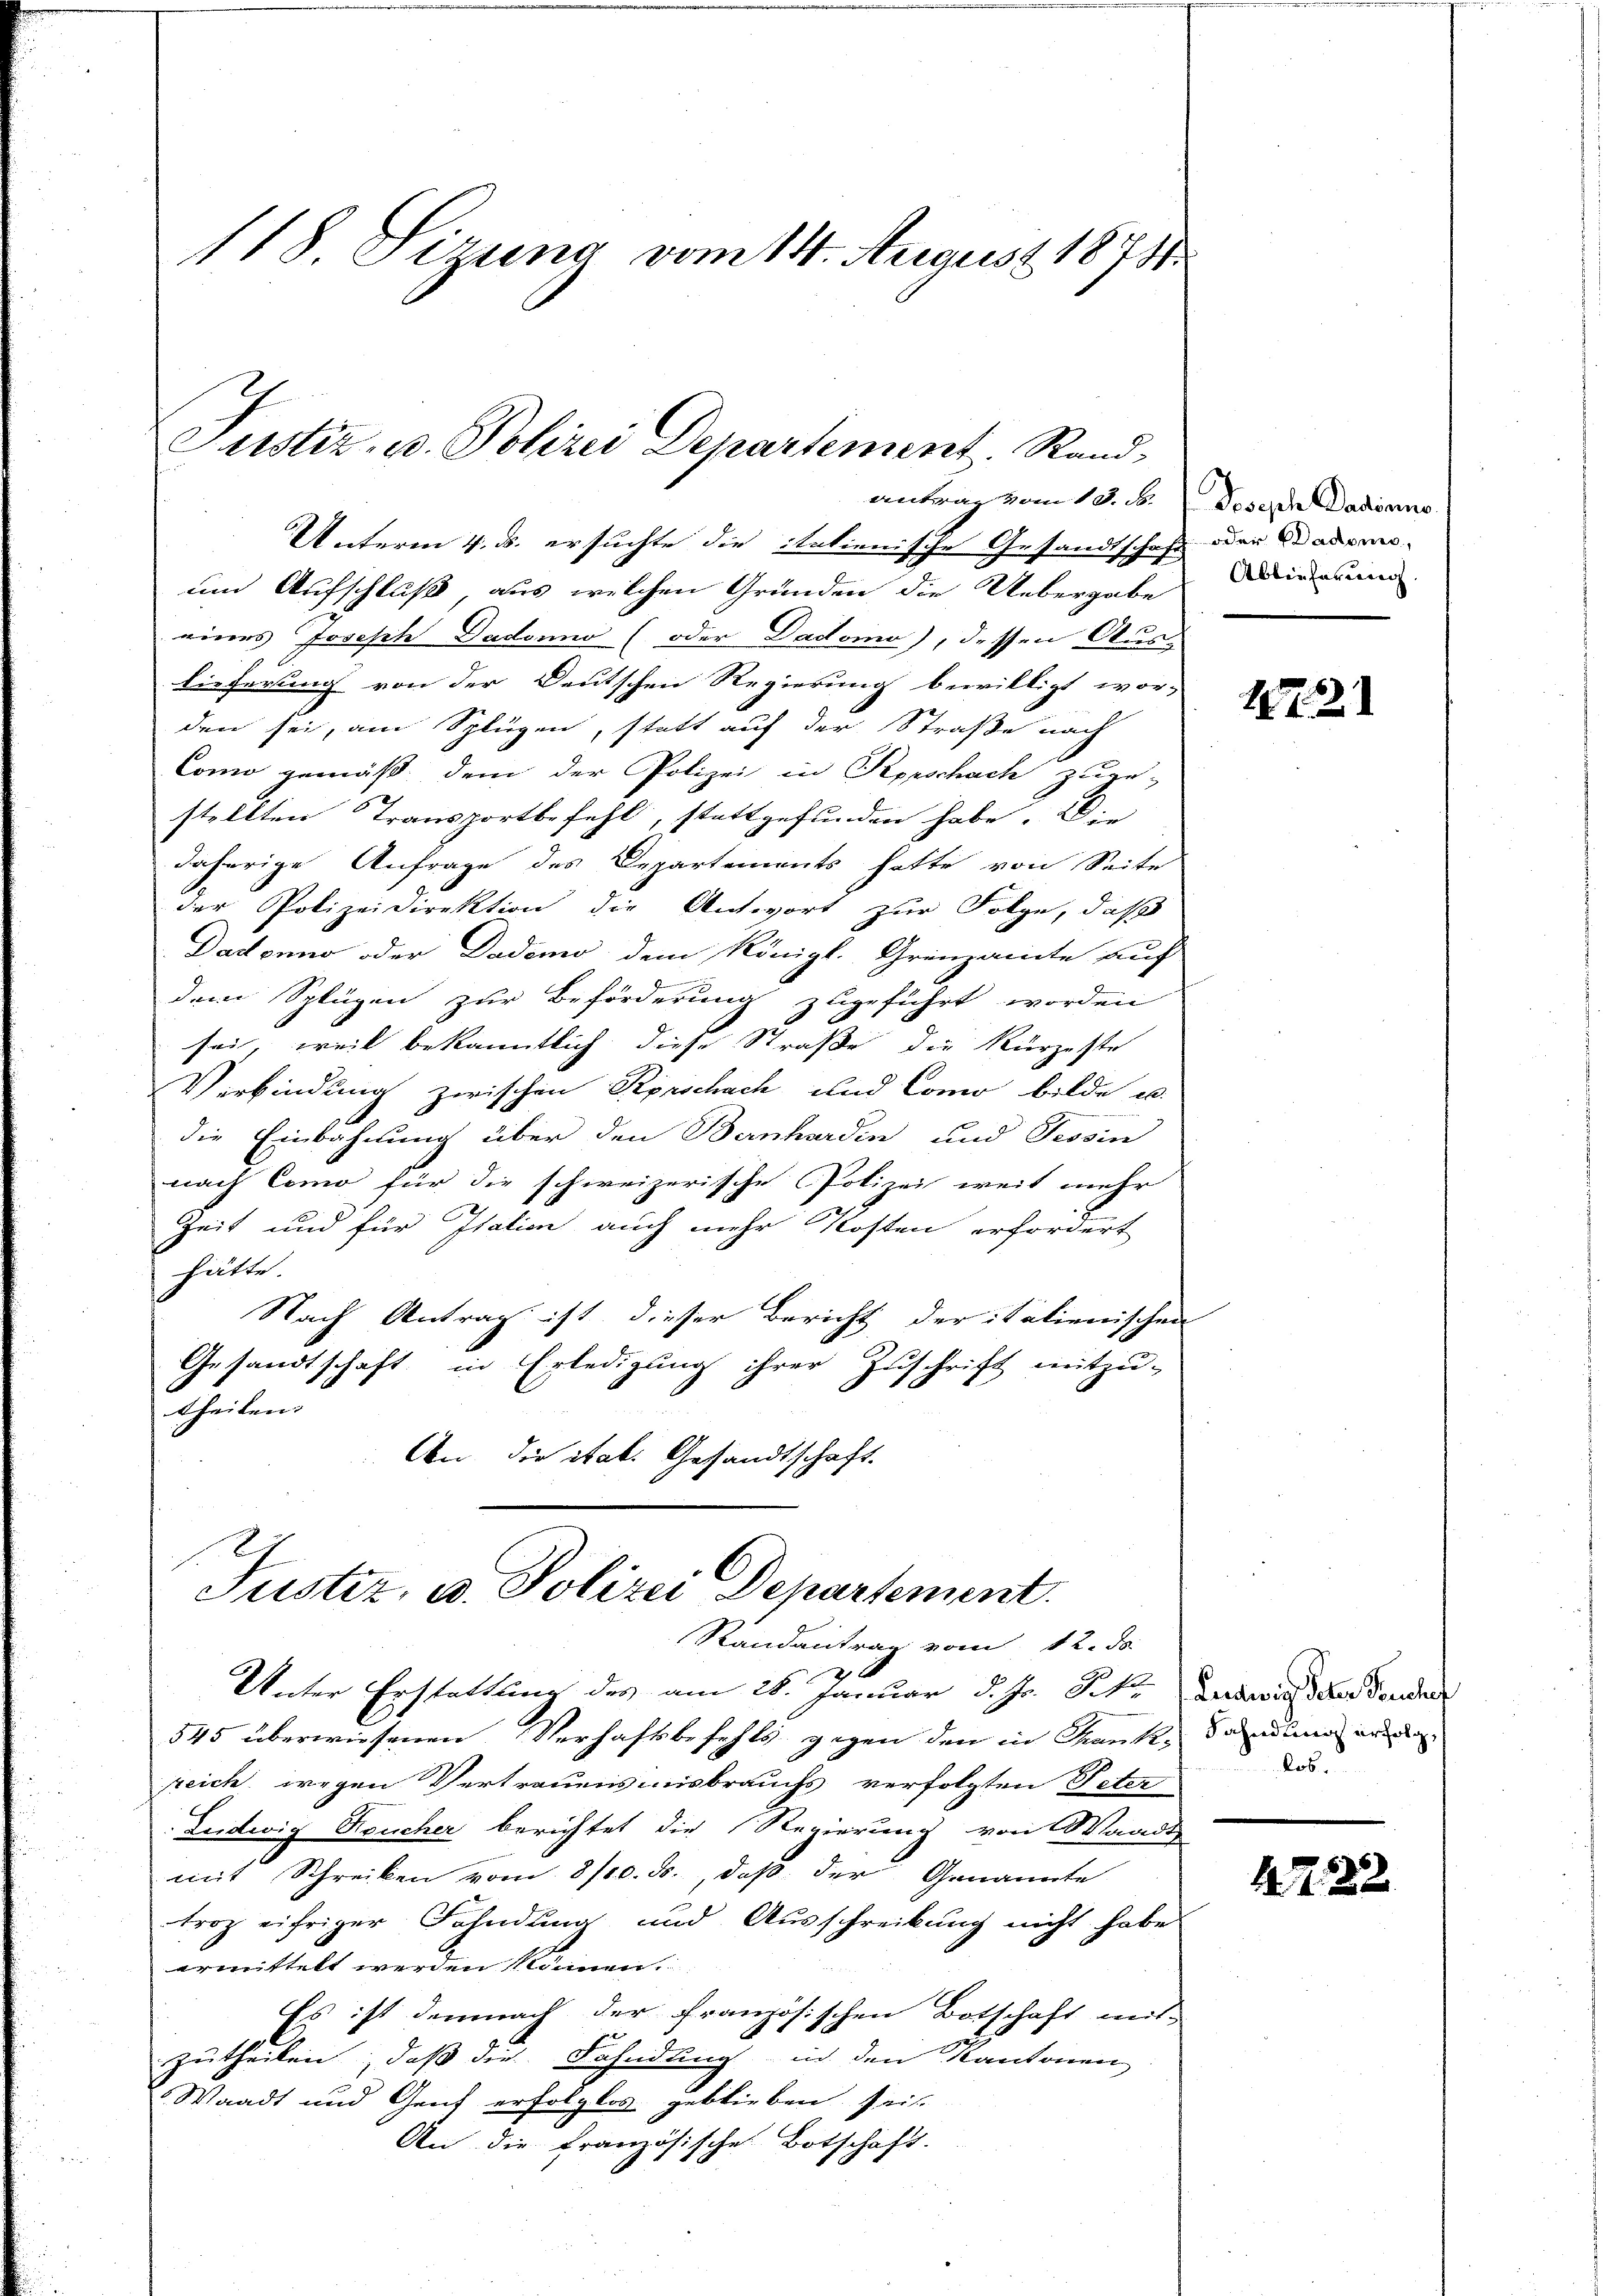
118. Sizung vom 14. August 1873.

Justiz- u. Polizei Departement. Rand

antrag vom 13. ds.
Unterm 4. ds. ersuchte die italienische Gesandtschaft oder Bademo-
um Aufschluß, aus welchen Gründen die Uebergabe
eines Joseph Dadonno (oder Dadomo), dessen Aus-
Lieferung von der Deutschen Regierung bewilligt wor-
den sei, am Splügen, statt auf der Straße nach
Como gemäß dem der Polizei in Seprschach zuge-
stellten Transportbefehl, stattgefunden habe. Die
daherige Anfrage des Departements hatte von Seite
der Polizeidirektion die Antwort zur Folge, daß
Daconus oder Dademo dem Königl. Grenzamte auf
.
dem Splügen zur Beförderung zugeführt worden
sei, weil bekanntlich diese Straße die Kürzeste
Verbindung zwischen Rorschach und Como bilde u.
die Einbahnung über den Bernharden und Tessin
nach Como für die schweizerische Polizei weit mehr
Zeit und für Italien auch mehr Kosten erfordert
hätte.
Nach Antrag ist dieser Bericht der italienischen
Gesandtschaft in Erledigung ihrer Zuschrift mitzu-
theilen. |
An die stab. Gesandtschaft.
Justiz, u. Polizei Departement.
Randantrag vom 12. ds.
Unter Erstattung des am 28. Januar d. Js. 8. No.
545 überwiesenen Verhaftsbefehls gegen den in Frank, dandung ein
zeich wegen Vertrauensmisbrauchs verfolgten Peter
Leidwig Deucher berichtet die Regierung von Waadt
mit Schreiben vom 8/10. ds., daß der Genannte
troz eifriger Fahndung und Ausschreibung nicht habe
ermittelt werden können.
Es ist demnach der französischen Botschaft mit-
zutheilen, daß die Fahndung in den Kantonen
Waadt und Genf erfolglos geblieben sei.
An die französische Botschaft.

Joseph Dadiano
Abtieferung.

1872

Leedwig Peter Seuches
los.

147. 22.